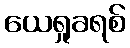
ယေရှုခရစ်